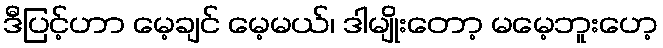
ဒီပြင့်ဟာ မေ့ချင် မေ့မယ်၊ ဒါမျိုးတော့ မမေ့ဘူးဟေ့